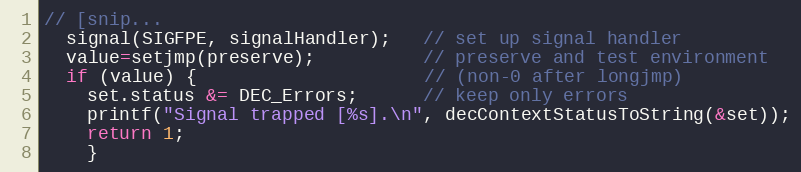
Language: C
// [snip...
  signal(SIGFPE, signalHandler);   // set up signal handler
  value=setjmp(preserve);          // preserve and test environment
  if (value) {                     // (non-0 after longjmp)
    set.status &= DEC_Errors;      // keep only errors
    printf("Signal trapped [%s].\n", decContextStatusToString(&set));
    return 1;
    }